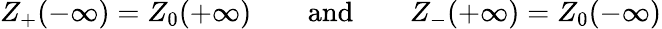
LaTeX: Z_{+}(-\infty)=Z_{0}(+\infty)\qquad\textrm{and}\qquad Z_{-}(+\infty)=Z_{0}(-\infty)